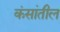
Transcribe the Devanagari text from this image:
कंसांतील